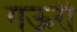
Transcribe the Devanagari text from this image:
गऊरी